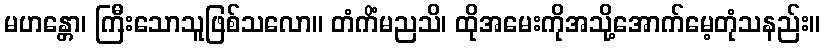
မဟန္တော၊ ကြီးသောသူဖြစ်သလော။ တံကိံမညသိ၊ ထိုအမေးကိုအသို့အောက်မေ့တုံသနည်း။